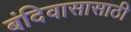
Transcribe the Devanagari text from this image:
बंदिवासासाठी